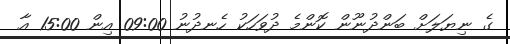
ގެ ނިޔަލަށް ބަންދުނޫން ކޮންމެ ދުވަހަކު ހެނދުނު 09:00 އިން 15:00 އާ